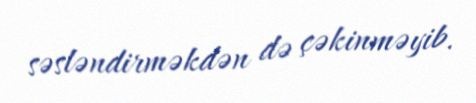
səsləndirməkdən də çəkinməyib.